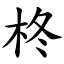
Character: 柊